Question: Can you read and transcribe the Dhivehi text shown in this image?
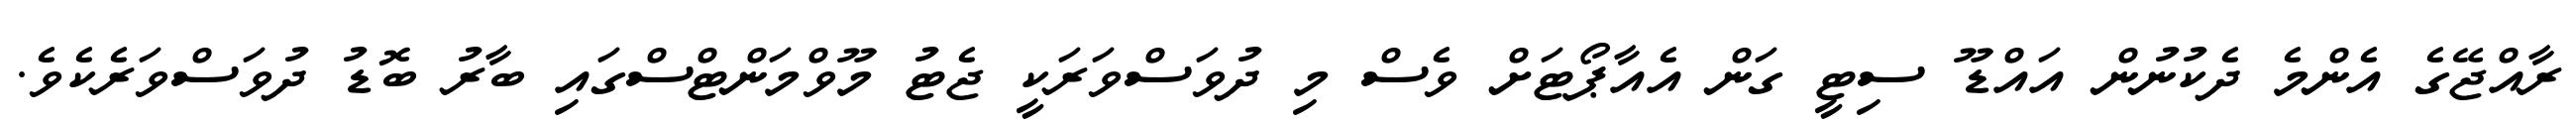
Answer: ރާއްޖޭގެ އެންމެ ދެކުނުން އައްޑޫ ސިޓީ ގަން އެއާޕޯޓަށް ވެސް މި ދުވަސްވަރަކީ ޖެޓު މޫވްމަންޓްސްގައި ބާރު ބޮޑު ދުވަސްވަރެކެވެ.